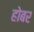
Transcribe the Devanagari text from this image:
होबर